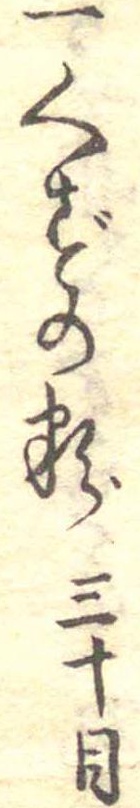
一くずの粉三十目